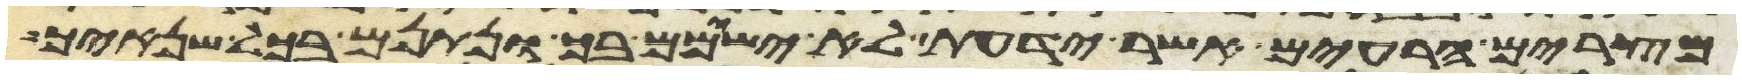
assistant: מצרים הרעים אשר ידעת לא ישימם בך ונתנם בכל שנאיך